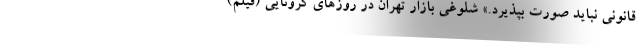
قانونی نباید صورت بپذیرد.» شلوغی بازار تهران در روزهای کرونایی (فیلم)